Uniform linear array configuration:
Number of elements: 8
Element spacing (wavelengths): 0.25
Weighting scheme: binomial
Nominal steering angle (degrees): -15
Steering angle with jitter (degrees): -16.4
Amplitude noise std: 0.05
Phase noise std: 0.05

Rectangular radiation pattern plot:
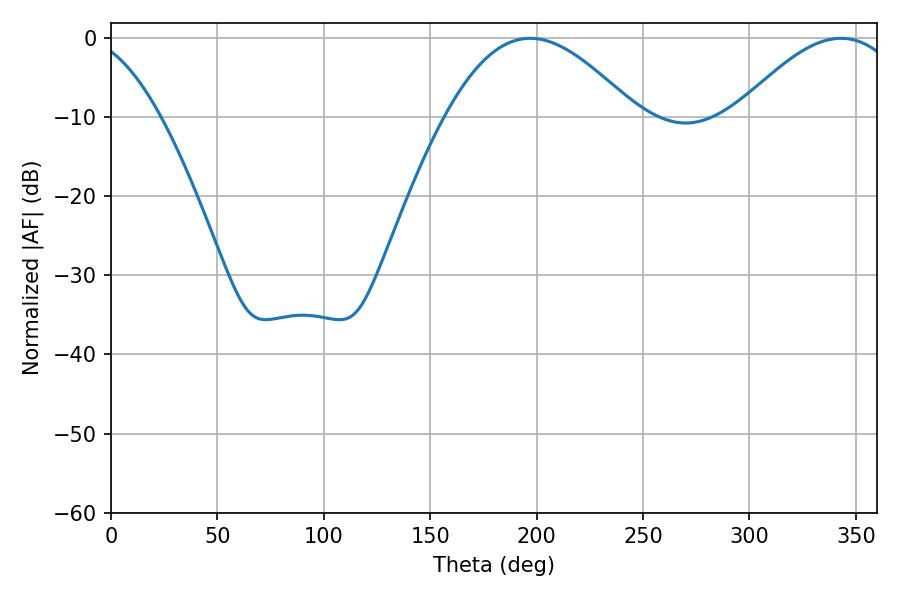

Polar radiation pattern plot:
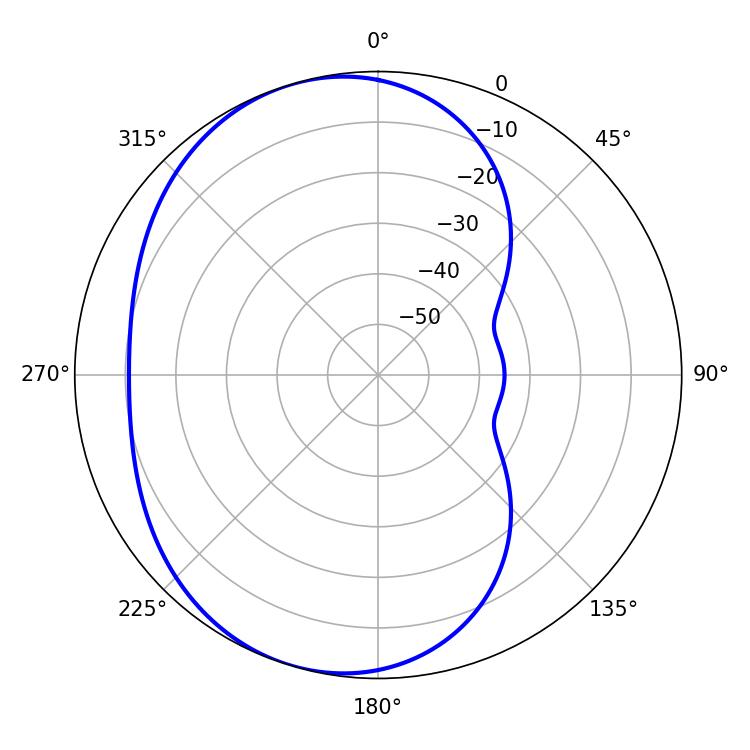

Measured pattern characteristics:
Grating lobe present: FALSE
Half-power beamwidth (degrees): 48.42
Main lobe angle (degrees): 196.92